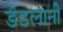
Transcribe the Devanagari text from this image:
डेडलानी